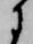
に